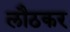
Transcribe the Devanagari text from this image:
लौठकर